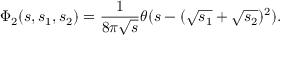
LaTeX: \Phi _ { 2 } ( s , s _ { 1 } , s _ { 2 } ) = \frac 1 { 8 \pi \sqrt s } \theta ( s - ( \sqrt { s _ { 1 } } + \sqrt { s _ { 2 } } ) ^ { 2 } ) .